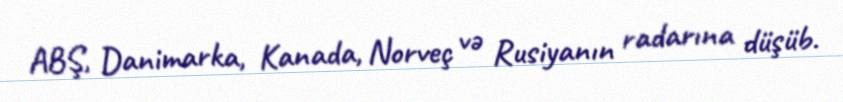
ABŞ, Danimarka, Kanada, Norveç və Rusiyanın radarına düşüb.